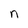
Character: n